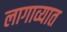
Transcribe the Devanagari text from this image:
लागाव्यात